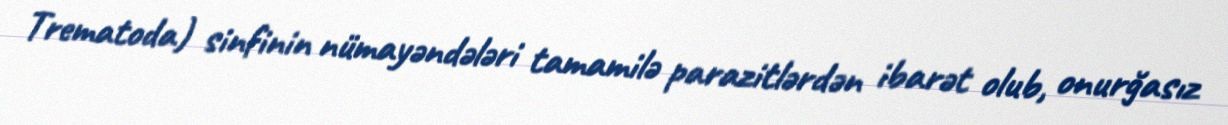
Trematoda) sinfinin nümayəndələri tamamilə parazitlərdən ibarət olub, onurğasız